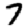
Digit: 7